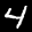
Label: 4